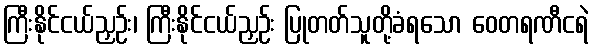
ကြီးနိုင်ငယ်ညှဉ်း၊ ကြီးနိုင်ငယ်ညှဉ်း ပြုတတ်သူတို့ခံရသော ဝေတရဏီငရဲ